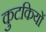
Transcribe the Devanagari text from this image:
कुटकियों